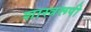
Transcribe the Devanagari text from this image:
शास्त्ररूपी